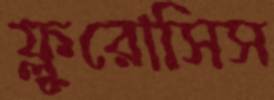
ফ্লুরোসিস